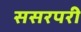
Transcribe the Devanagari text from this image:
ससरपरी